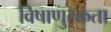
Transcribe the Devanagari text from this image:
विषाणुरक्तता